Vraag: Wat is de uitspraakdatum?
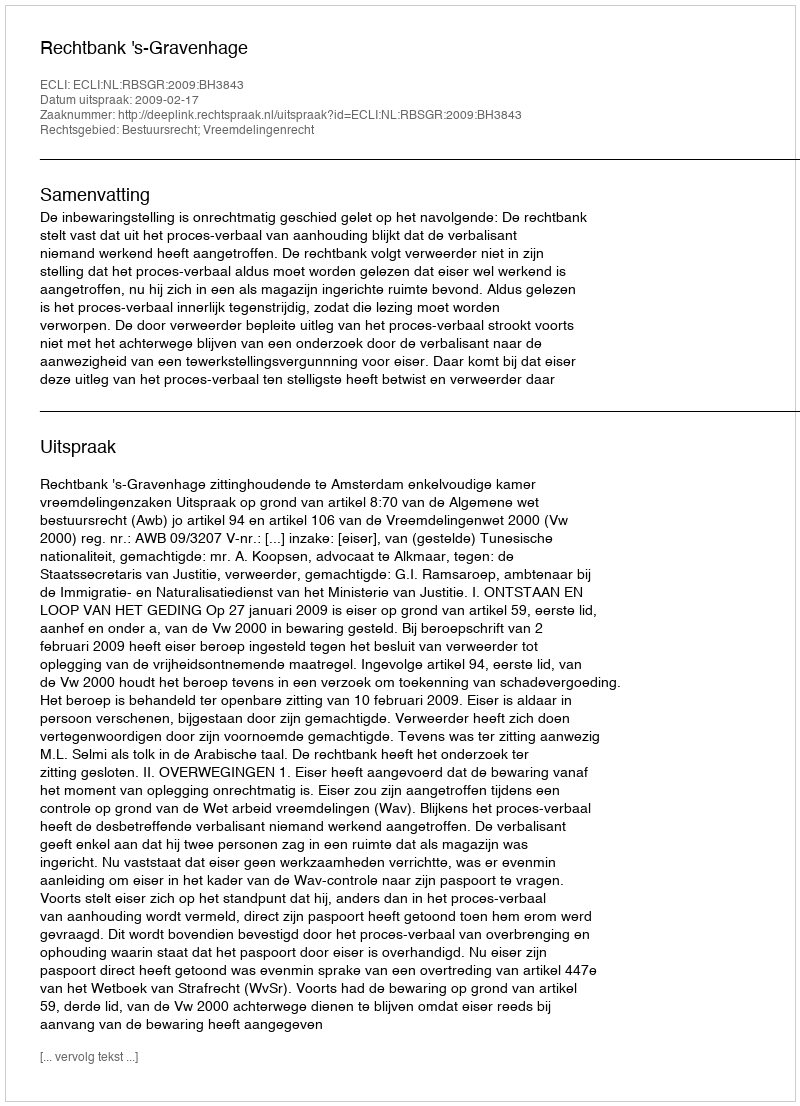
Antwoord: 2009-02-17